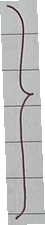
}